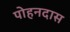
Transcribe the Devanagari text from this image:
पोहनदास